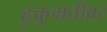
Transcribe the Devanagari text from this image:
हुकुमतीवर